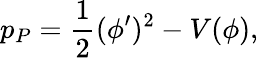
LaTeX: p_{P}={\frac{1}{2}}(\phi^{\prime})^{2}-V(\phi),